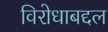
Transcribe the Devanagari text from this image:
विरोधाबद्दल